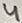
Text: 4